Leaving Certificate Examination (including Day School Certificate (Higher) General paper), 1936
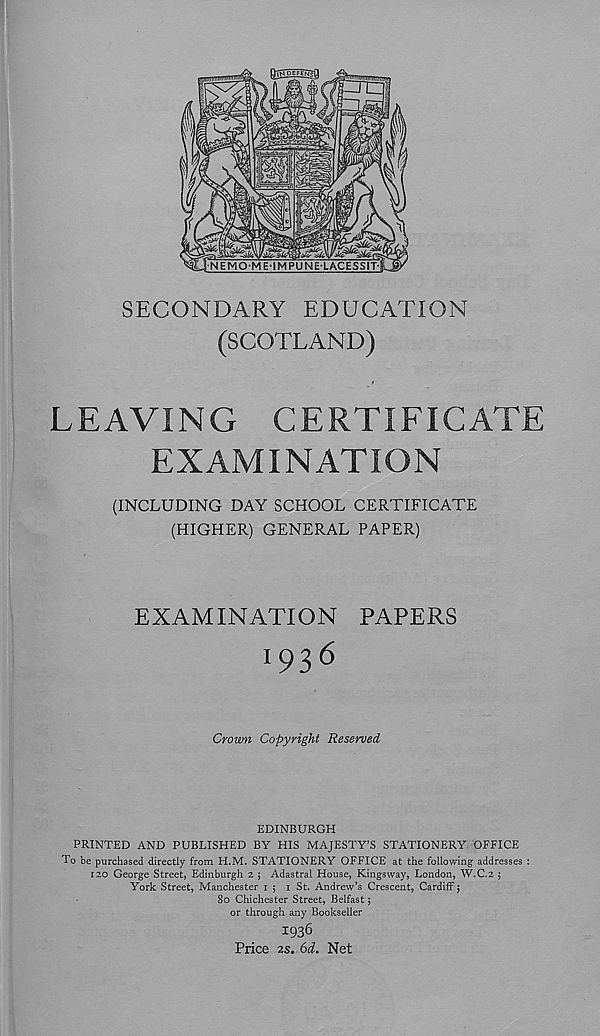
SECONDARY EDUCATION
(SCOTLAND)
LEAVING CERTIFICATE
EXAMINATION
(INCLUDING DAY SCHOOL CERTIFICATE
(HIGHER) GENERAL PAPER)
EXAMINATION PAPERS
1936
Crown Copyright Reserved
EDINBURGH
PRINTED AND PUBLISHED BY HIS MAJESTY’S STATIONERY OFFICE
To be purchased directly from H.M. STATIONERY OFFICE at the following addresses :
120 George Street, Edinburgh 2 ; Adastral House, Kingsway, London, W.C.2 ;
York Street, Manchester 1 ; 1 St. Andrew’s Crescent, Cardiff $
80 Chichester Street, Belfast;
or through any Bookseller
1936
Price 2s. 6d. Net